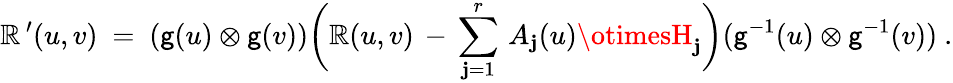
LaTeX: \mathbb{R}^{\, \prime}(u,v)~=~(\mathsf{g}(u)\otimes\mathsf{g}(v))\biggl(\mathbb{R}(u,v)\, -\, \sum_{\mathbf{j}=1}^{r}\, A_{\mathbf{j}}(u)\otimesH_{\mathbf{j}}\biggr)(\mathsf{g}^{-1}(u)\otimes\mathsf{g}^{-1}(v))~.